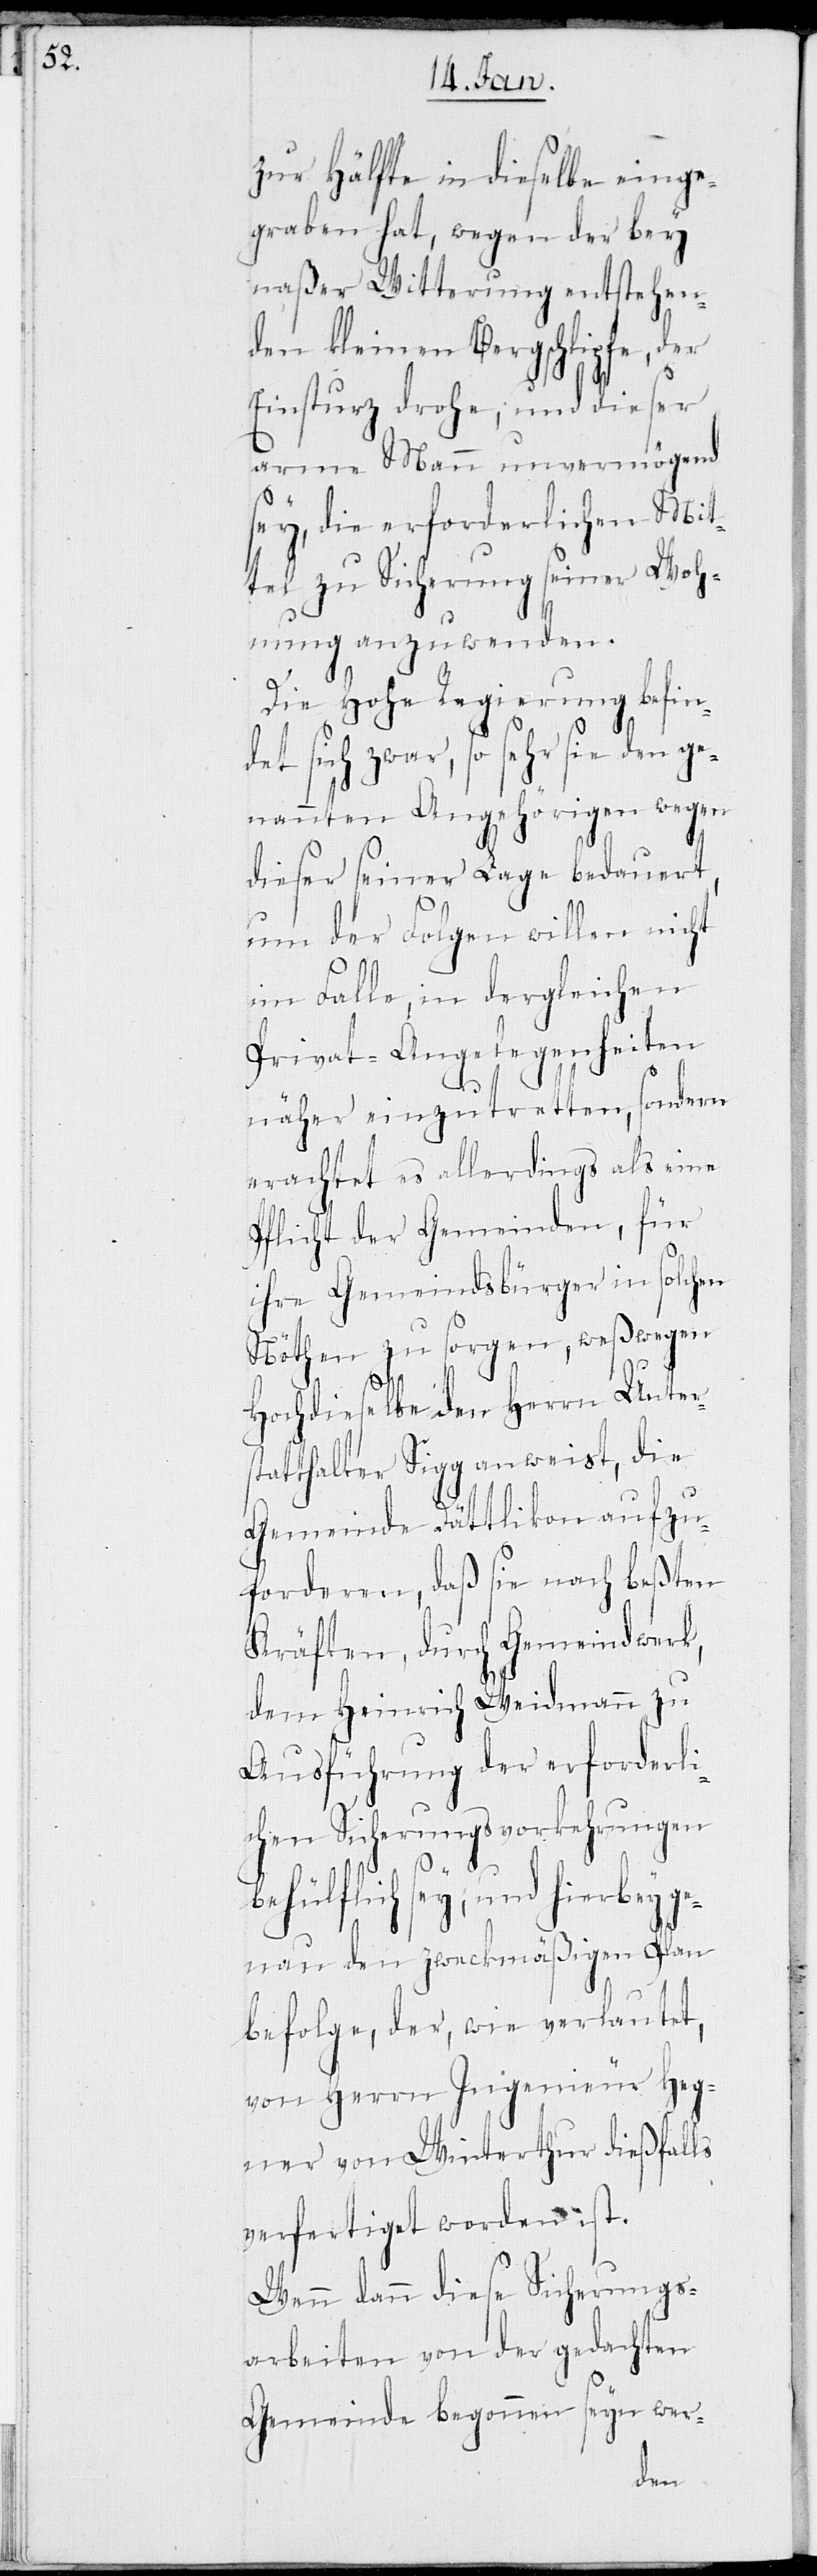
zur Hälfte in dieselbe einge¬
graben hat, wegen der bey
naßer Witterung entstehen¬
den kleinen Bergschlipfe, der
Einsturz drohe; und dieser
arme Mann unvermögend
sey, die erforderlichen Mit¬
tel zu[r] Sicherung seiner Woh¬
nung anzuwenden.
Die Hohe Regierung befin¬
det sich zwar, so sehr sie den ge¬
nannten Angehörigen wegen
dieser seiner Lage bedauert,
um der Folgen willen nicht
im Falle, in dergleichen
Privat-Angelegenheiten
näher einzutretten, sondern
erachtet es allerdings als eine
Pflicht der Gemeinden, für
ihre Gemeindsbürger in solchen
Nöthen zu sorgen, weßwegen
Hochdieselbe den Herrn Unters¬
tatthalter Sigg anweist, die
Gemeinde Dättlikon aufzu¬
forderen, daß sie nach beßten
Kräften, durch Gemeindwerk,
dem Heinrich Weidmann zu
Ausführung der erforderli¬
chen Sicherungsvorkehrungen
behülflich sey; und hierbey g¬
enau den zweckmäßigen Plan
befolge, der, wie verlautet,
von Herrn Ingenieur Heg¬
ner von Winterthur dießfalls
verfertiget worden ist.
Wenn dann diese Sicherungs¬
arbeiten von der gedachten
Gemeinde begonnen seyn wer-